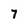
Character: 7